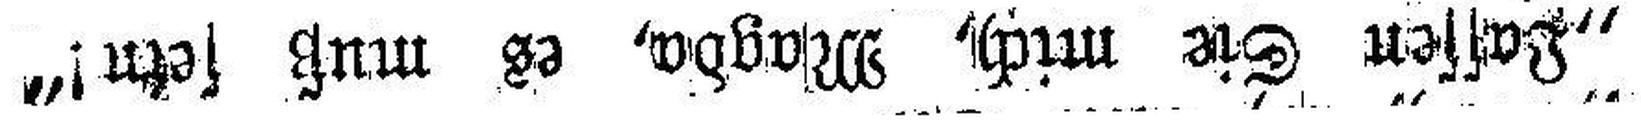
„Lassen Sie mich, Magda, es muß sein!“